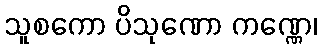
သူစကော ပိသုဏော ကဏ္ဏေ၊